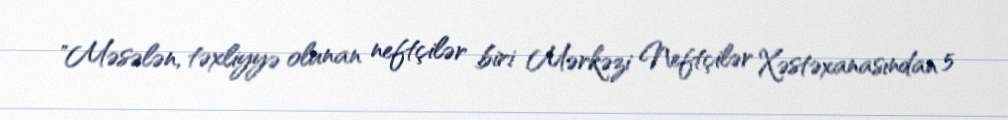
"Məsələn, təxliyyə olunan neftçilər biri Mərkəzi Neftçilər Xəstəxanasından 5